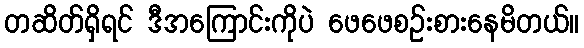
တဆိတ်ရှိရင် ဒီအကြောင်းကိုပဲ ဖေဖေစဉ်းစားနေမိတယ်။